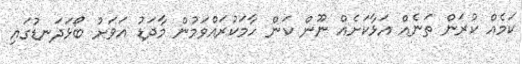
ކަމެއް ކުރަން ތަނެއް އަޅާކަށެއް ނޫން ކަން ހާމަކުރައްވަމުން މާދަޑު އަވަށު ބޯޅަދަނޑުގައި